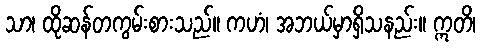
သာ၊ ထိုဆန်တကွမ်းစားသည်။ ကဟံ၊ အဘယ်မှာရှိသနည်း။ ဣတိ၊